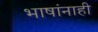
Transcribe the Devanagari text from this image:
भाषांनाही